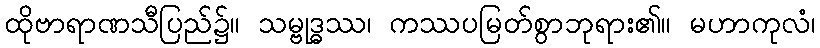
ထိုဗာရာဏသီပြည်၌။ သမ္ဗုဒ္ဓဿ၊ ကဿပမြတ်စွာဘုရား၏။ မဟာကုလံ၊